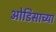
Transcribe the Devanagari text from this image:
ओडिसाच्या